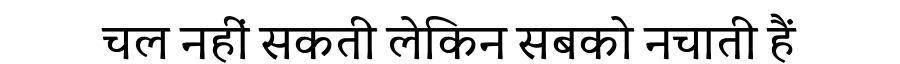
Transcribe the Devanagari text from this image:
चल नहीं सकती लेकिन सबको नचाती हैं